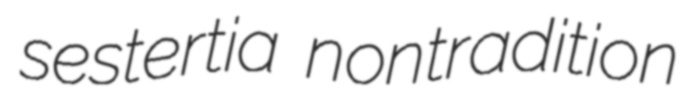
sestertia nontradition